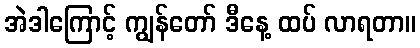
အဲဒါကြောင့် ကျွန်တော် ဒီနေ့ ထပ် လာရတာ။